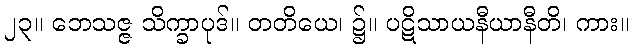
၂၃။ ဘေသဇ္ဇ သိက္ခာပုဒ်။ တတိယေ၊ ၌။ ပဋိသာယနီယာနီတိ၊ ကား။